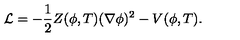
{ \cal L } = - \frac { 1 } { 2 } Z ( \phi , T ) ( \nabla \phi ) ^ { 2 } - V ( \phi , T ) .